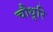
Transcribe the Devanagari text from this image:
चौधुरि